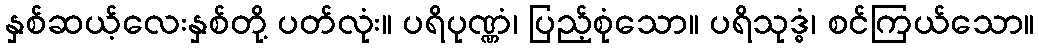
နှစ်ဆယ့်လေးနှစ်တို့ ပတ်လုံး။ ပရိပုဏ္ဏံ၊ ပြည့်စုံသော။ ပရိသုဒ္ဓံ၊ စင်ကြယ်သော။